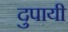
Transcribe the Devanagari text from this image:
दुपायी